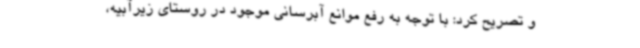
و تصریح کرد: با توجه به رفع موانع آبرسانی موجود در روستای زیرآبیه،